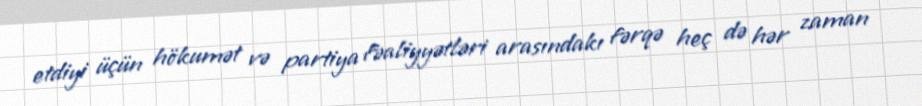
etdiyi üçün hökumət və partiya fəaliyyətləri arasındakı fərqə heç də hər zaman